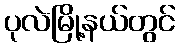
ပုလဲမြို့နယ်တွင်